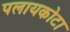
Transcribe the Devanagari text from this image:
पलायकोटा